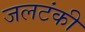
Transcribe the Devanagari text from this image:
जलटंकी